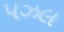
પઝલ